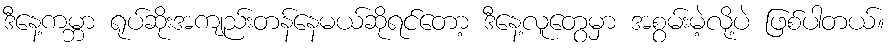
ဒီနေ့ကမ္ဘာ ရုပ်ဆိုးအကျည်းတန်နေမယ်ဆိုရင်တော့ ဒီနေ့လူတွေမှာ အစွမ်းမဲ့လို့ပဲ ဖြစ်ပါတယ်။